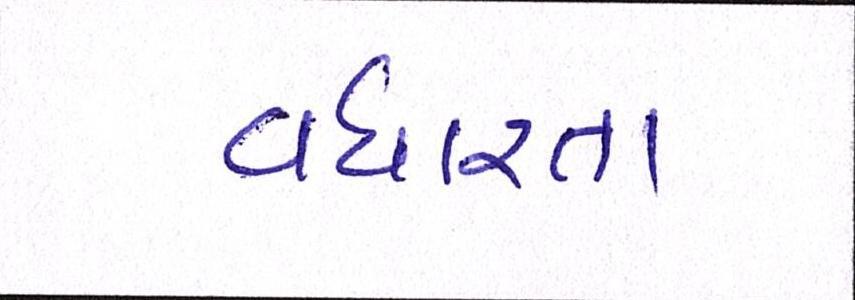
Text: વધારતા